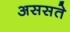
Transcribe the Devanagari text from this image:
अससते